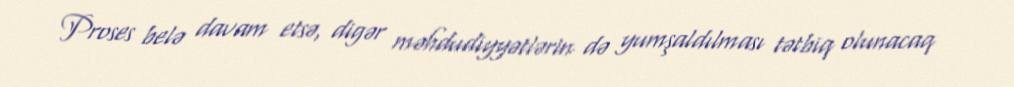
Proses belə davam etsə, digər məhdudiyyətlərin də yumşaldılması tətbiq olunacaq